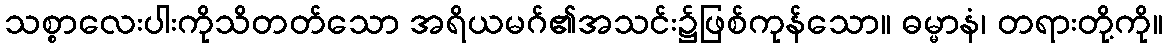
သစ္စာလေးပါးကိုသိတတ်သော အရိယမဂ်၏အသင်း၌ဖြစ်ကုန်သော။ ဓမ္မာနံ၊ တရားတို့ကို။